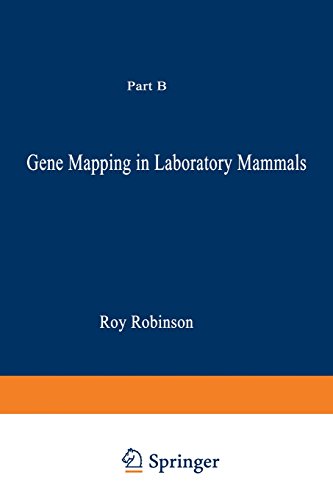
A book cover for Gene Mapping in Laboratory Mammals: Part B; Roy Robinson; Medical Books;